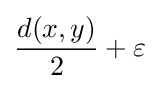
{d(x,y) \over 2}+\varepsilon